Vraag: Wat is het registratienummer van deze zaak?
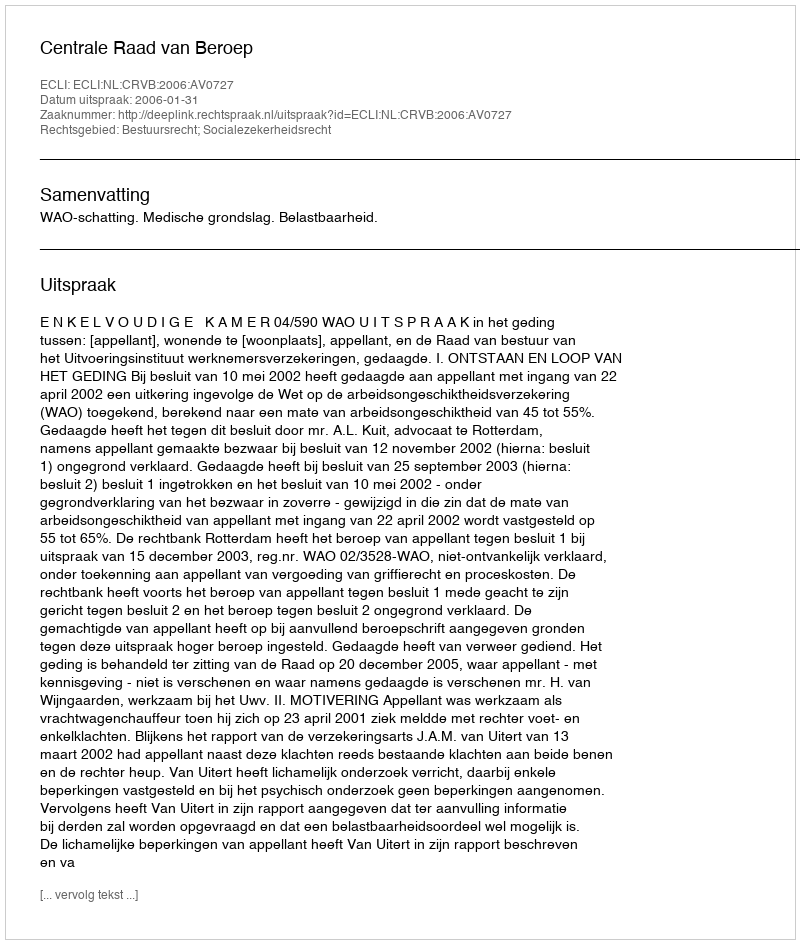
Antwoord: http://deeplink.rechtspraak.nl/uitspraak?id=ECLI:NL:CRVB:2006:AV0727